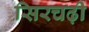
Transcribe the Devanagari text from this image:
सिरचढ़ी